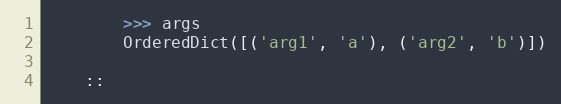
Language: Python
        >>> args
        OrderedDict([('arg1', 'a'), ('arg2', 'b')])

    ::